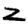
Digit: 2